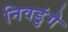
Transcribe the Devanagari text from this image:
निवडुंगे